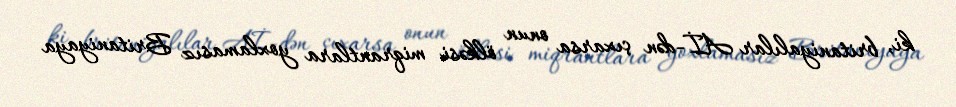
ki, britaniyalılar Aİ-dən çıxarsa onun ölkəsi miqrantlara yoxlamasız Britaniyaya